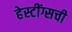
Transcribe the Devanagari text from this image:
हेस्टींग्सची